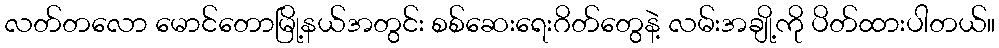
လတ်တလော မောင်တောမြို့နယ်အတွင်း စစ်ဆေးရေးဂိတ်တွေနဲ့ လမ်းအချို့ကို ပိတ်ထားပါတယ်။